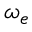
\ensuremath { \omega } _ { e }